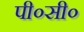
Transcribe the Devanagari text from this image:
पी०सी०